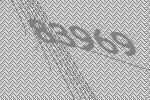
83969